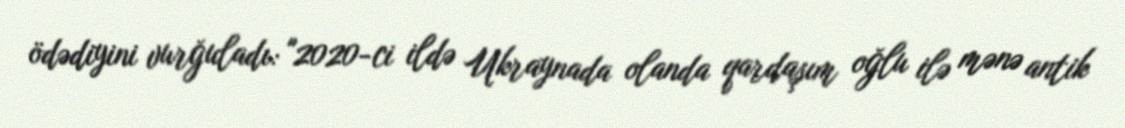
ödədiyini vurğuladı: "2020-ci ildə Ukraynada olanda qardaşım oğlu ilə mənə antik